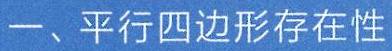
一、平行四边形存在性